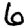
Digit: 6